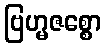
ဗြဟ္မဇစ္စော